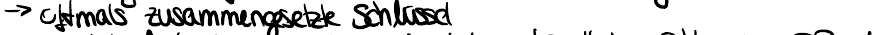
-> oftmals zusammengesetzte Schlüssel